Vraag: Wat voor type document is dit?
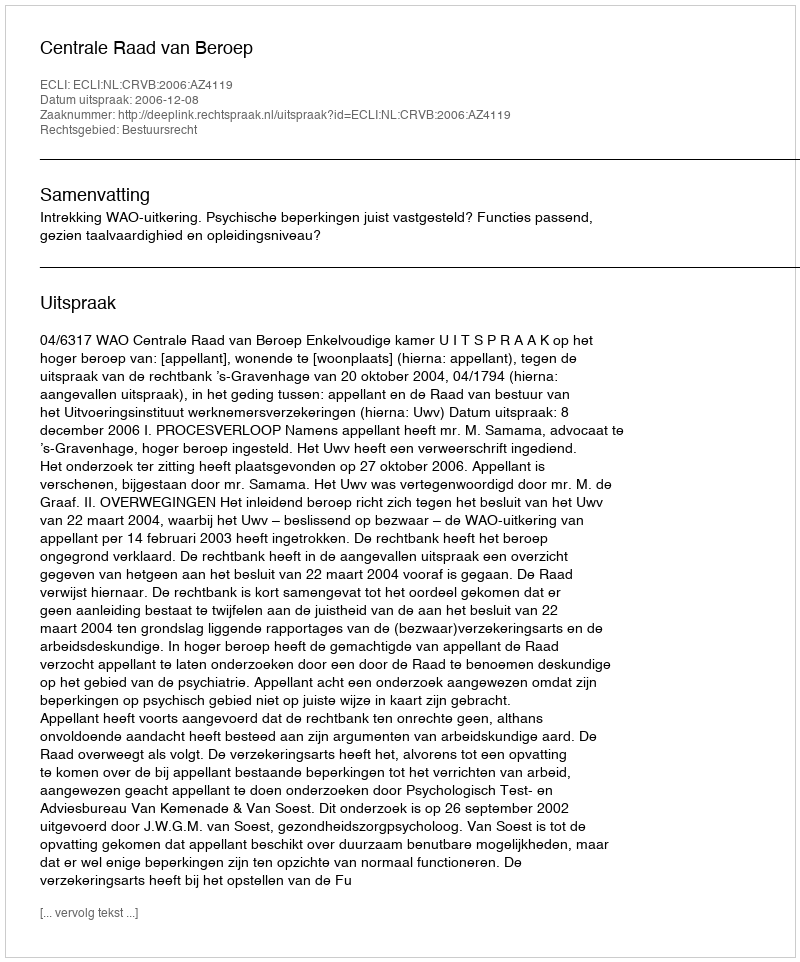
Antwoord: Uitspraak